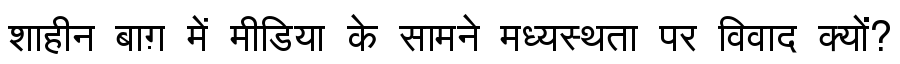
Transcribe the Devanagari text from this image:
शाहीन बाग़ में मीडिया के सामने मध्यस्थता पर विवाद क्यों?